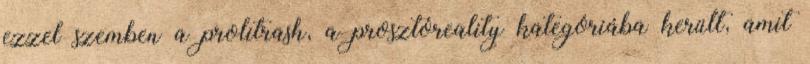
ezzel szemben a prolitrash, a prosztóreality kategóriába került, amit